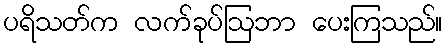
ပရိသတ်က လက်ခုပ်ဩဘာ ပေးကြသည်။